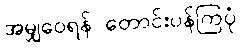
အမျှဝေရန် တောင်းပန်ကြပုံ